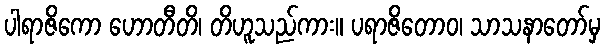
ပါရာဇိကော ဟောတီတိ၊ တိဟူသည်ကား။ ပရာဇိတောဝ၊ သာသနာတော်မှ